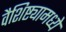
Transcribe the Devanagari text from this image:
वैशिष्ट्यामध्ये